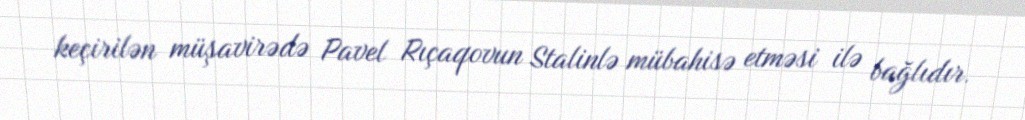
keçirilən müşavirədə Pavel Rıçaqovun Stalinlə mübahisə etməsi ilə bağlıdır.